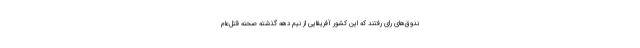
ندوق‌های رای رفتند که این کشور آفریقایی از نیم دهه گذشته صحنه قتل‌عام